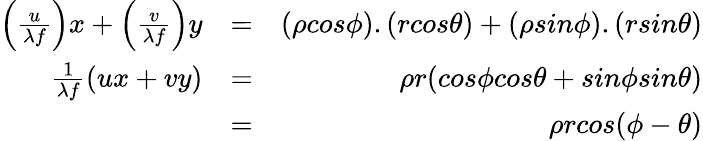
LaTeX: \begin{array}{rlr}{\left(\frac{u}{\lambda f}\right)x+\left(\frac{v}{\lambda f}\right)y}&{=}&{\left(\rho cos\phi\right).\left(rcos\theta\right)+\left(\rho sin\phi\right).\left(rsin\theta\right)}\\ {\frac{1}{\lambda f}(ux+vy)}&{=}&{\rho r(cos\phi cos\theta+sin\phi sin\theta)}\\ &{=}&{\rho rcos(\phi-\theta)}\end{array}